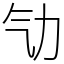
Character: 㔕